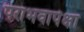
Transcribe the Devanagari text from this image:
पराभवापेक्षा